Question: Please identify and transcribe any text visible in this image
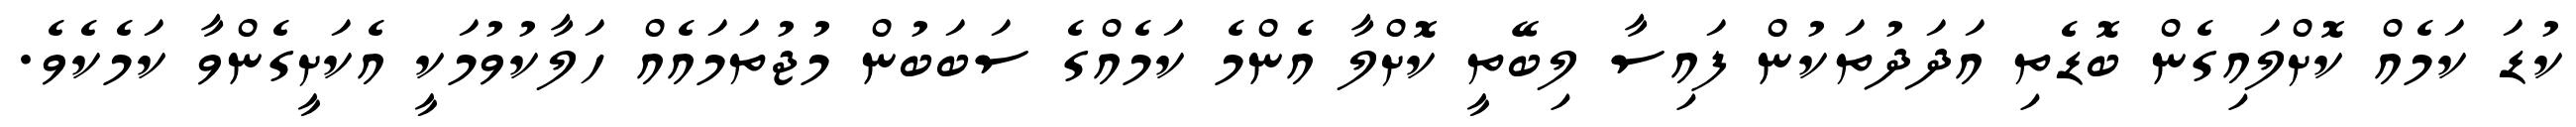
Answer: ކުޑަ ކަމެއް ކޮށްލައިގެން ބޮޑެތި އަދަދުތަކުން ފައިސާ ލިބޭތީ ކޮށްލާ އެންމެ ކަމެއްގެ ސަބަބުން މުޖުތަމައެއް ހަލާކުވުމަކީ އެކަށީގެންވާ ކަމެކެވެ.